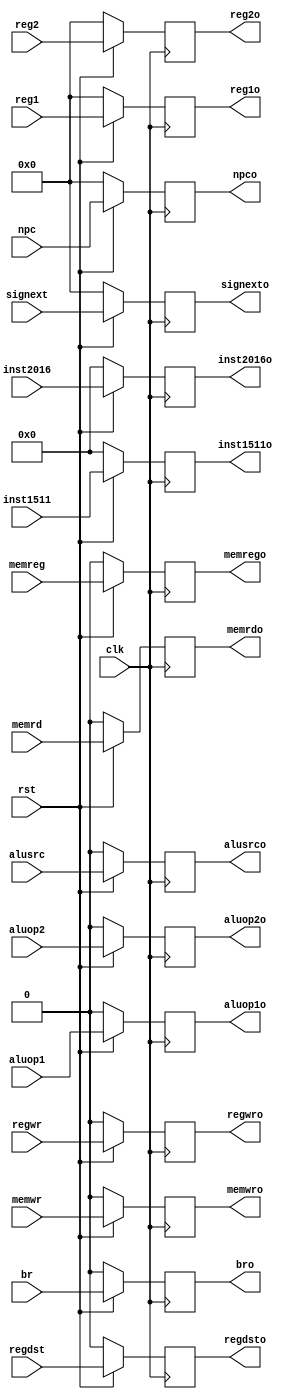
`timescale 1ns / 1ps
//////////////////////////////////////////////////////////////////////////////////
// Company: 
// Engineer: 
// 
// Design Name: 
// Module Name:    buf_IDEX 
// Project Name: 
// Target Devices: 
// Tool versions: 
// Description: 
//
// Dependencies: 
//
// Revision: 
// Revision 0.01 - File Created
// Additional Comments: 
//
//////////////////////////////////////////////////////////////////////////////////
module buf_IDEX(input clk, input rst, input regwr, input memreg, input memwr, input memrd, input br,input aluop1,
input aluop2, input alusrc, input regdst,output reg regwro, output reg memrego, output reg memwro, output reg memrdo,
output reg bro,output reg aluop1o, output reg aluop2o, output reg alusrco, output reg regdsto, input [31:0]npc, input [31:0]reg1,
input [31:0] reg2, input [31:0]signext, input [4:0] inst2016, input [4:0]inst1511,output reg [31:0]npco, output reg [31:0]reg1o,
output reg [31:0] reg2o, output reg [31:0]signexto, output reg [4:0] inst2016o, output reg [4:0]inst1511o);

always@(posedge clk)
begin
if(!rst)
begin
regwro <= 0;
memrego <= 0;
memwro <= 0;
memrdo <= 0;
bro <= 0;
aluop1o <= 0;
aluop2o <= 0;
alusrco <= 0;
regdsto <= 0;
npco <= 0;
reg1o <= 0;
reg2o <= 0;
signexto <= 0;
inst2016o <= 0;
inst1511o <= 0;
end
else
begin
regwro <= regwr;
memrego <= memreg;
memwro <= memwr;
memrdo <= memrd;
bro <= br;
aluop1o <= aluop1;
aluop2o <= aluop2;
alusrco <= alusrc;
regdsto <= regdst;
npco <= npc;
reg1o <= reg1;
reg2o <= reg2;
signexto <= signext;
inst2016o <= inst2016;
inst1511o <= inst1511;
end
end
endmodule